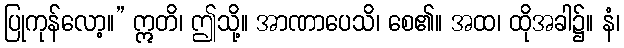
ပြုကုန်လော့။” ဣတိ၊ ဤသို့။ အာဏာပေသိ၊ စေ၏။ အထ၊ ထိုအခါ၌။ နံ၊